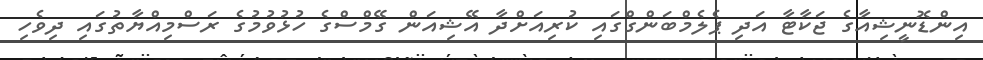
އިންޑޮނީޝިއާގެ ޖަކާޓާ އަދި ޕެލެމްބަންގްގައި ކުރިއަށްދާ އޭޝިއަން ގޭމްސްގެ ހުޅުވުމުގެ ރަސްމިއްޔާތުގައި ދިވެހި